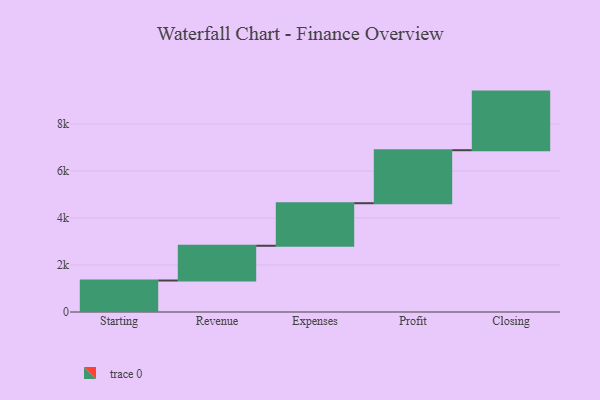
{"axis": {"x": "Step", "y": "Value"}, "legend": [""], "data": [{"x": "Starting", "y": 1340.0, "type": ""}, {"x": "Revenue", "y": 1478.0, "type": ""}, {"x": "Expenses", "y": 1811.0, "type": ""}, {"x": "Profit", "y": 2255.0, "type": ""}, {"x": "Closing", "y": 2494.0, "type": ""}]}